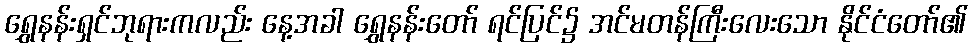
ရွှေနန်းရှင်ဘုရားကလည်း နေ့အခါ ရွှေနန်းတော် ရင်ပြင်၌ အင်မတန်ကြီးလေးသော နိုင်ငံတော်၏